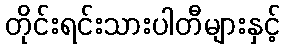
တိုင်းရင်းသားပါတီများနှင့်